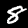
Digit: 8